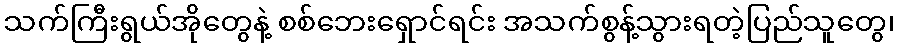
သက်ကြီးရွယ်အိုတွေနဲ့ စစ်ဘေးရှောင်ရင်း အသက်စွန့်သွားရတဲ့ပြည်သူတွေ၊